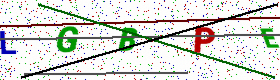
Text: LGBPE